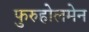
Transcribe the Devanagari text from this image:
फुरुहोलमेन